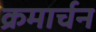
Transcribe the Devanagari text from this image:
क्रमार्चन